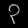
Digit: ၃